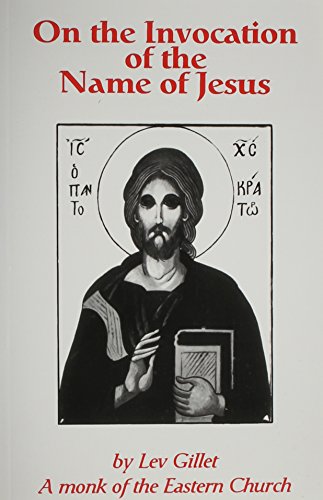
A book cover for On the Invocation of the Name of Jesus; Lev Gillet; Religion & Spirituality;